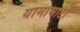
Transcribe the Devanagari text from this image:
यामामाटो